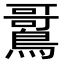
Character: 𫛌